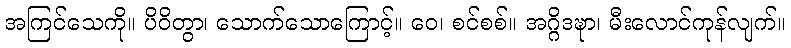
အကြင်သေကို။ ပိဝိတွာ၊ သောက်သောကြောင့်။ ဝေ၊ စင်စစ်။ အဂ္ဂိဒဍ္ဎာ၊ မီးလောင်ကုန်လျက်။